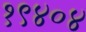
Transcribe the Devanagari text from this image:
१९४०४